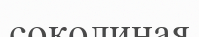
соколиная